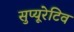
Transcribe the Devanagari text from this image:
सुप्यूरेटिव